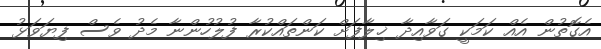
އެގޮތުން އެއް ކަމަކީ ގަވާއިދާ ޚިލާފަށް ކަންތައްކުރާ ފުލުހުންނާ މެދު ވެސް ފިޔަވަޅު